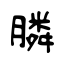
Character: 膦